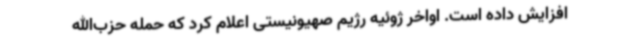
افزایش داده است. اواخر ژوئیه رژیم صهیونیستی اعلام کرد که حمله حزب‌الله